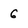
Character: 6